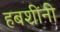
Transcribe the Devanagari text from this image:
हबशींनी